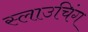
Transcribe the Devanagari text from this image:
स्लाउचिंग